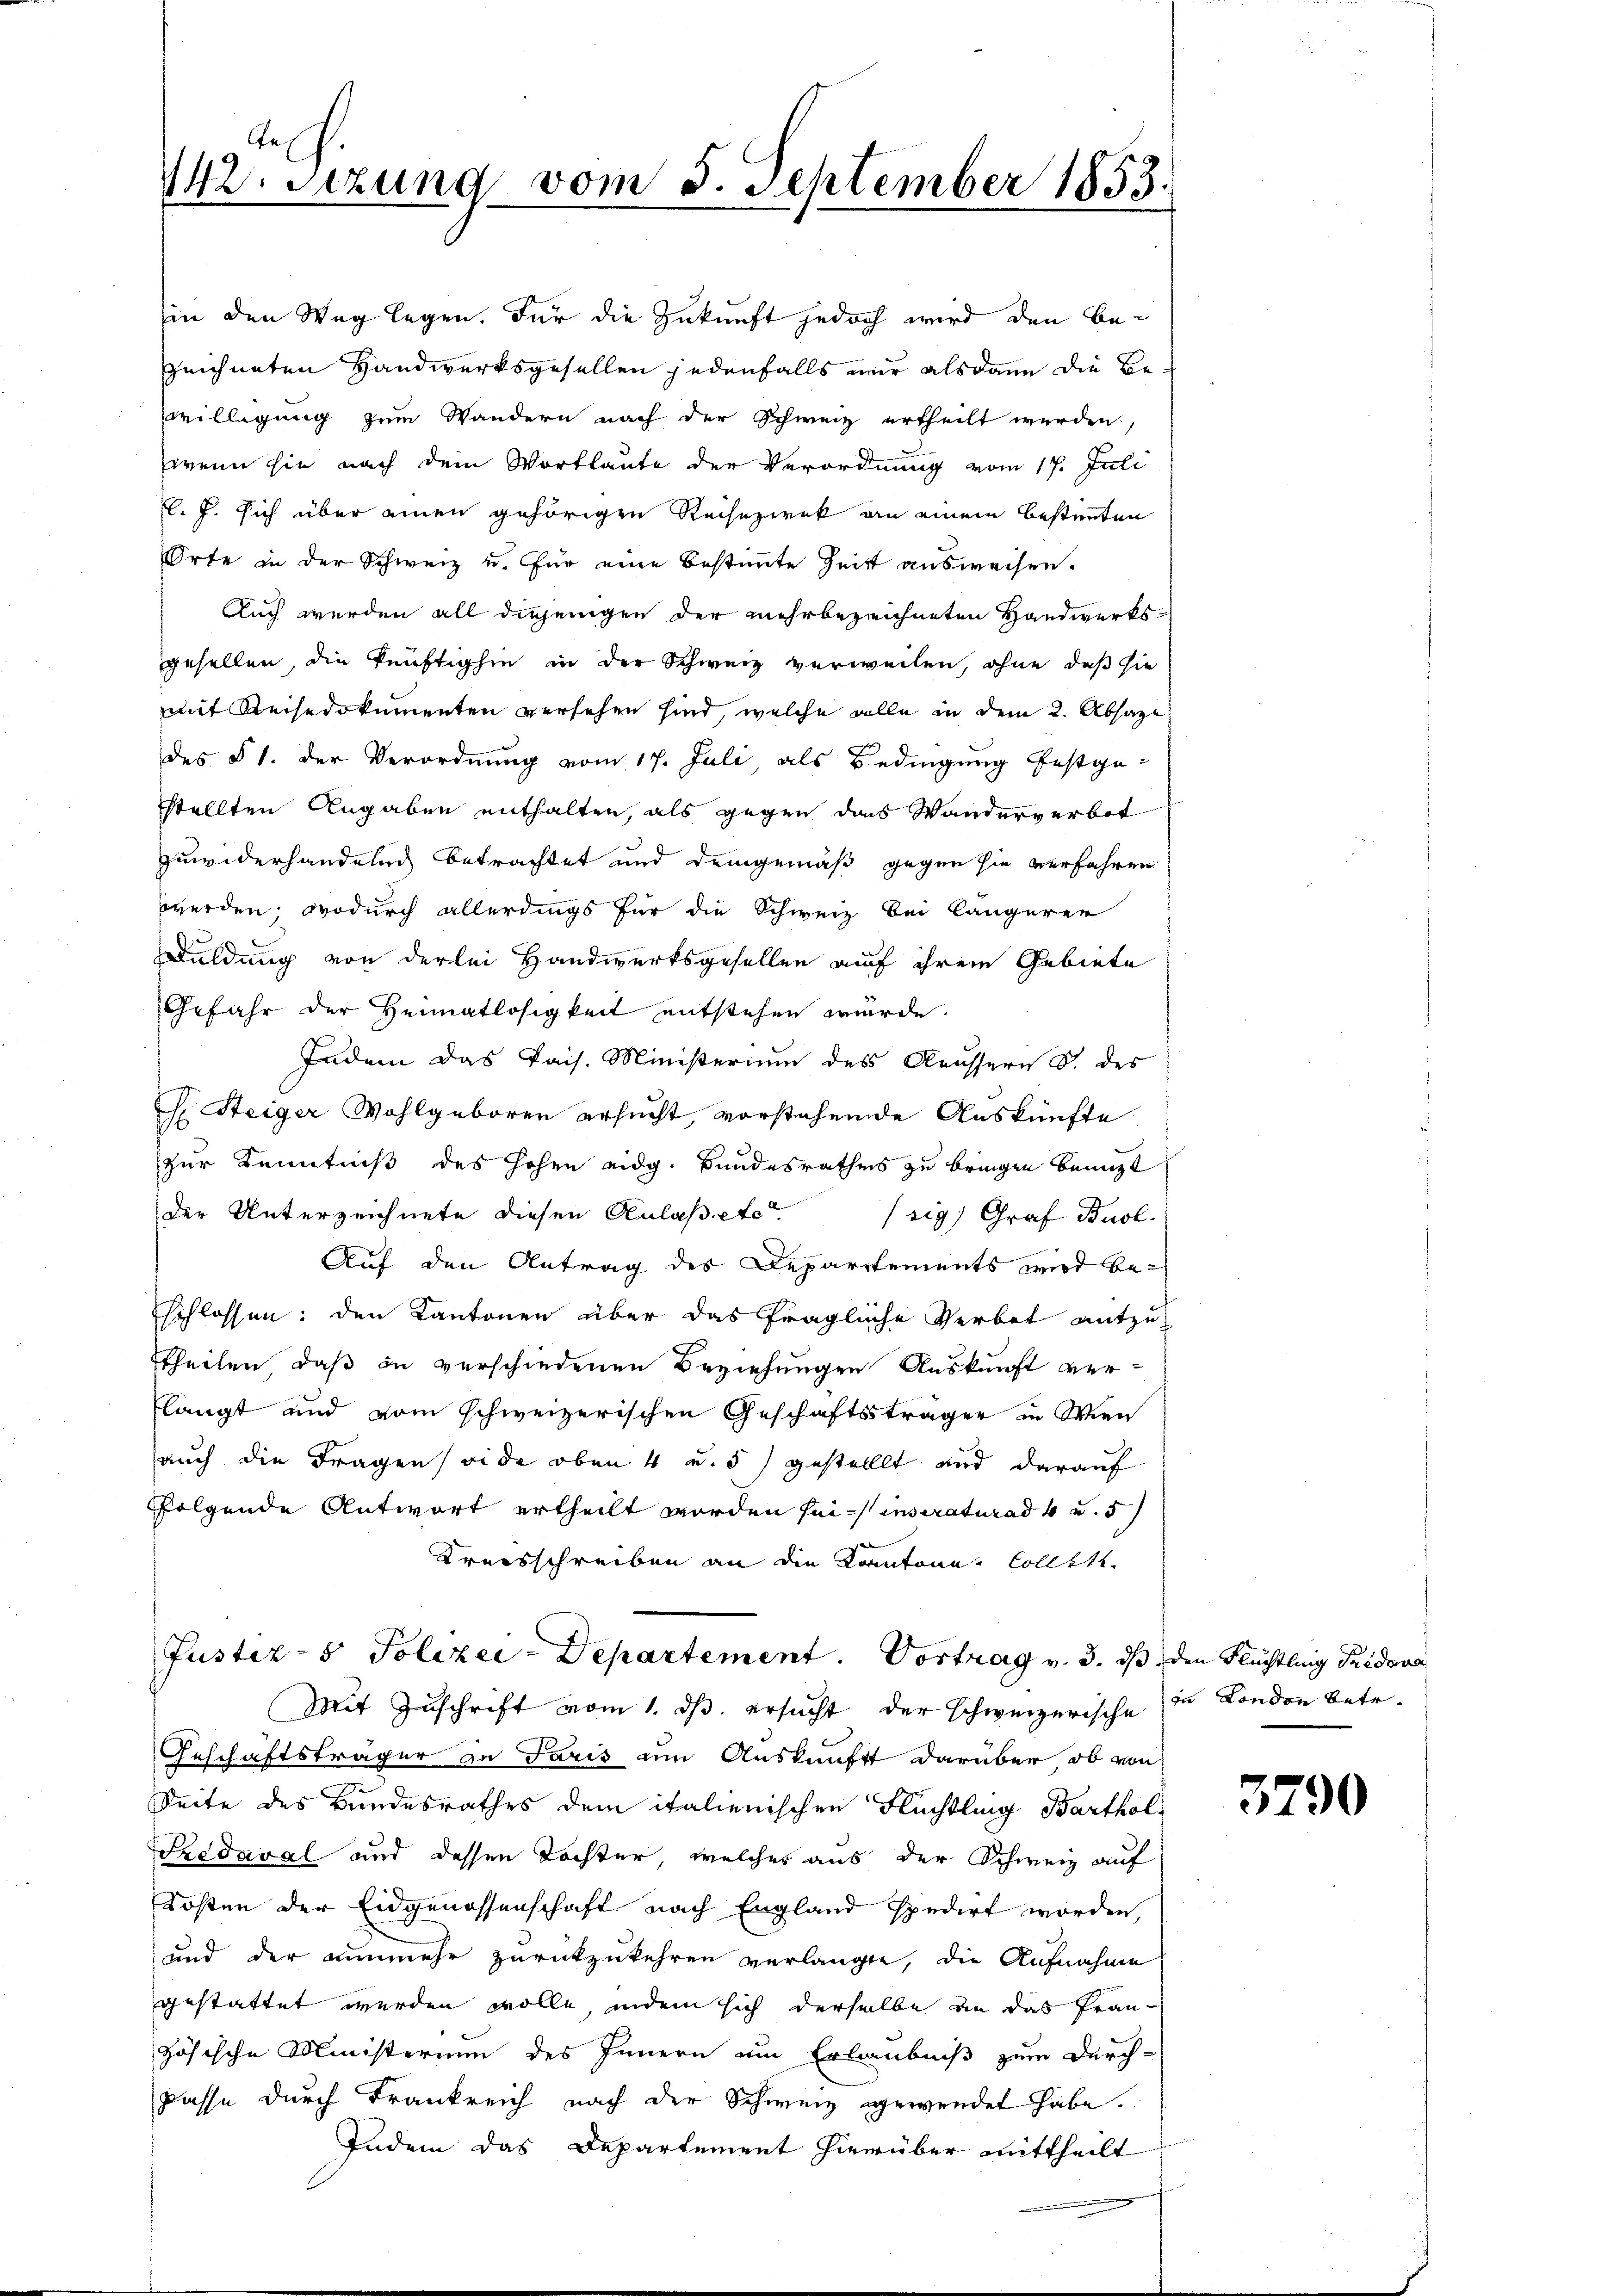
Ges
142. Sezung vom 5. September 1853.

in den Weg legen. Für die Zukunft jedoch wird den bezeichneten Handwerksgesellen jedenfalls nur alsdann die Bewilligung zum Wandern nach der Schweiz ertheilt werden,
wenn sie nach dem Wortlaute der Verordnung vom 17. Juli
l. J. sich über einen gehörigen Reisezwek an einem bestimmten
Orte in der Schweiz u. für eine bestimmte Zeit ausweisen.
Auch werden all diejenigen der mehrbezeichneten Handwerksgesellen, die künftighin in der Schweiz verweilen, ohne daß sie
mit Keisedokumenten versehen sind, welche alle in dem 2. Absage
des § 1. der Verordnung vom 17. Juli, als Bedingung festgestellten Angaben enthalten, als gegen das Wanderverbot
Zuwiderhandeln betrachtet und demgemäß gegen sie verfahren
werden, wodurch allerdings für die Schweiz bei längerer
Duldung von derlei Handwerksgesellen auf ihrem Gebiete
Gefahr der Heimatlosigkeit entstehen würde.
Indem das Pais. Ministerium des Aeussern S. des
H. Steiger Wohlgeboren ersucht, vorstehende Auskünfte
zur Kenntniß des Hohen eidg. Bundesrathes zu bringen benuzt
der Unterzeichnete diesen Anlaß etc
sig) Graf Buol.
Auf den Antrag des Departements wird beschlossen: den Kantonen über das fragliche Verbot mitzu
ttheilen, daß in verschiedenen Beziehungen Auskunft ver-
langt und vom schweizerischen Geschäftsträger in Wien
auch die Frageneide oben 4 u. 5) gestellt und darauf
folgende Antwort ertheilt worden sei inseraturad 6 u. 5
Kreisschreiben an die Kantone, Collete
Justiz- & Polizei-Departement. Vortrag v. 3. ds, den Flüchtling Fridene
Mit Zuschrift vom 1. ds. ersucht der schweizerische in London betr.
Geschäftsträger zu Paris um Auskunft darüber, ob von
Seite des Bundesrathes dem italienischen Flüchtling Barthol¬
Sedaval und dessen Tochter, welches aus der Schweiz auf
Kosten der Eidgenossenschaft nach England spedirt worden,
und der nunmehr zurückzukehren verlangte, die Aufnahme
gestattet werden wolle, indem sich derselbe an das Pran-
zösische Ministerium des Innern um Erlaubniß zum Durch-
Dasse durch Frankreich nach der Schweiz gewendet habe.
Indem das Departement hierüber mittheilt
f

3790